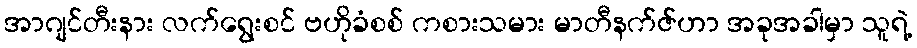
အာဂျင်တီးနား လက်ရွေးစင် ဗဟိုခံစစ် ကစားသမား မာတီနက်ဇ်ဟာ အခုအခါမှာ သူရဲ့